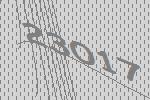
23017